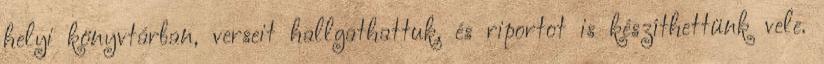
helyi könyvtárban, verseit hallgathattuk, és riportot is készíthettünk vele.